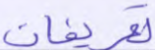
تعريفات